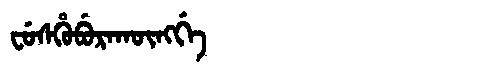
Manchu: ᠸᡠᠰᡥᡠᠪᡠᡵᠠᡴᡡᠩᡤᡝ
Romanization: FUSHUBURAKŪNGGE